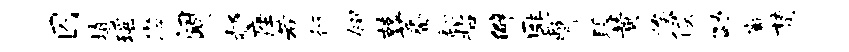
囚填瑶懋阔郝座若行翎兢蕃翻拈僻匪瞥段黄俟侯劭廨梵